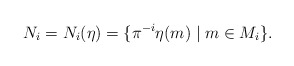
\begin{align*}N_i=N_i(\eta)=\{ \pi^{-i}\eta(m) \mid m\in M_i\}.\end{align*}